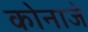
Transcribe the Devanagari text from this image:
कोनाजे